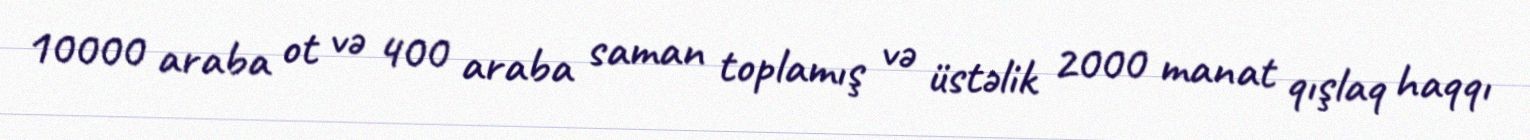
10000 araba ot və 400 araba saman toplamış və üstəlik 2000 manat qışlaq haqqı